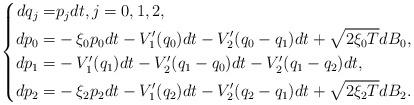
LaTeX: \begin{align*}\left\{\begin{aligned}dq_j=&p_j dt, j=0,1,2, \\dp_0=& -\xi_0p_0 dt -V'_1(q_0)dt-V_2'(q_0-q_1)dt+\sqrt{2\xi_0T} dB_0, \\dp_1=& -V'_1(q_1)dt-V_2'(q_1-q_0)dt-V_2'(q_1-q_2)dt, \\dp_2=& -\xi_2 p_2dt -V_1'(q_2)dt - V_2'(q_2-q_1)dt+\sqrt{2\xi_2T}dB_2.\end{aligned}\right.\end{align*}